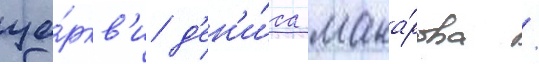
це́ркв'и д'ен'и́са мака́рова /